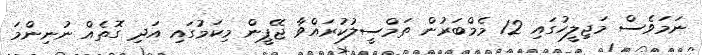
ނަމަވެސް މަޖިލީހުގައި 12 މެމްބަރުން ތަމްސީލުކުރައްވާ ޖޭޕީން މިކަމުގައި އަދި ގޮތެއް ނުނިންމަ